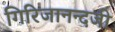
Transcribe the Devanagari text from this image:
गिरिजानन्दजी